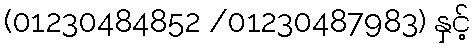
(01230484852 /01230487983) နှင့်